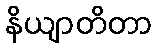
နိယျာတိတာ